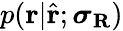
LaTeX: p(\mathbf{r}|\hat{\mathbf{r}};\boldsymbol{\sigma}_{\mathbf{R}})